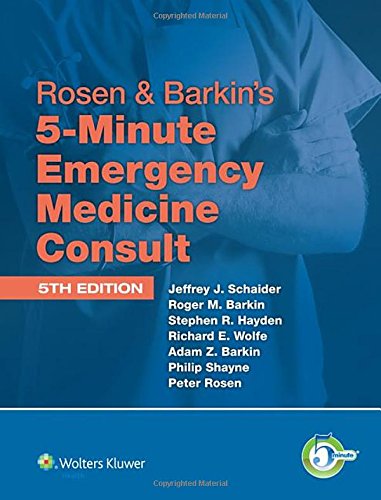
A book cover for Rosen & Barkin's 5-Minute Emergency Medicine Consult Standard Edition: 10-day Enhanced Online Access + Print (The 5-Minute Consult Series); Medical Books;